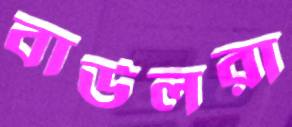
বাউলরা